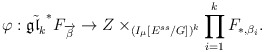
\begin{align*}\varphi: \tilde{\mathfrak{gl}_k}^*F_{\overrightarrow{\beta}}\rightarrow Z\times_{(I_{\mu}[E^{ss}/G])^k}\prod_{i=1}^{k}F_{*,\beta_i}.\end{align*}